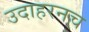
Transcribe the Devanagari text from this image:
उदाहरनच